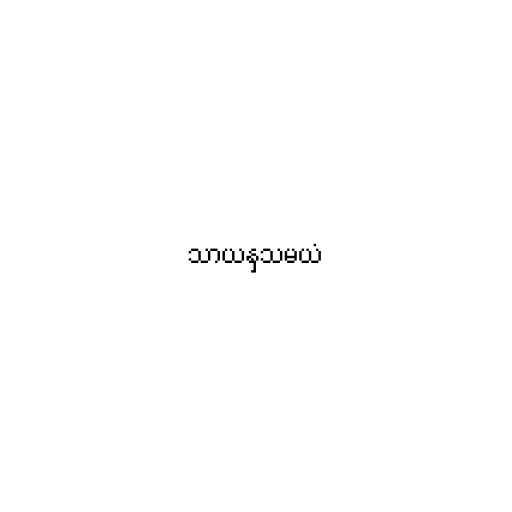
သာယနှသမယံ